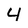
Character: 4